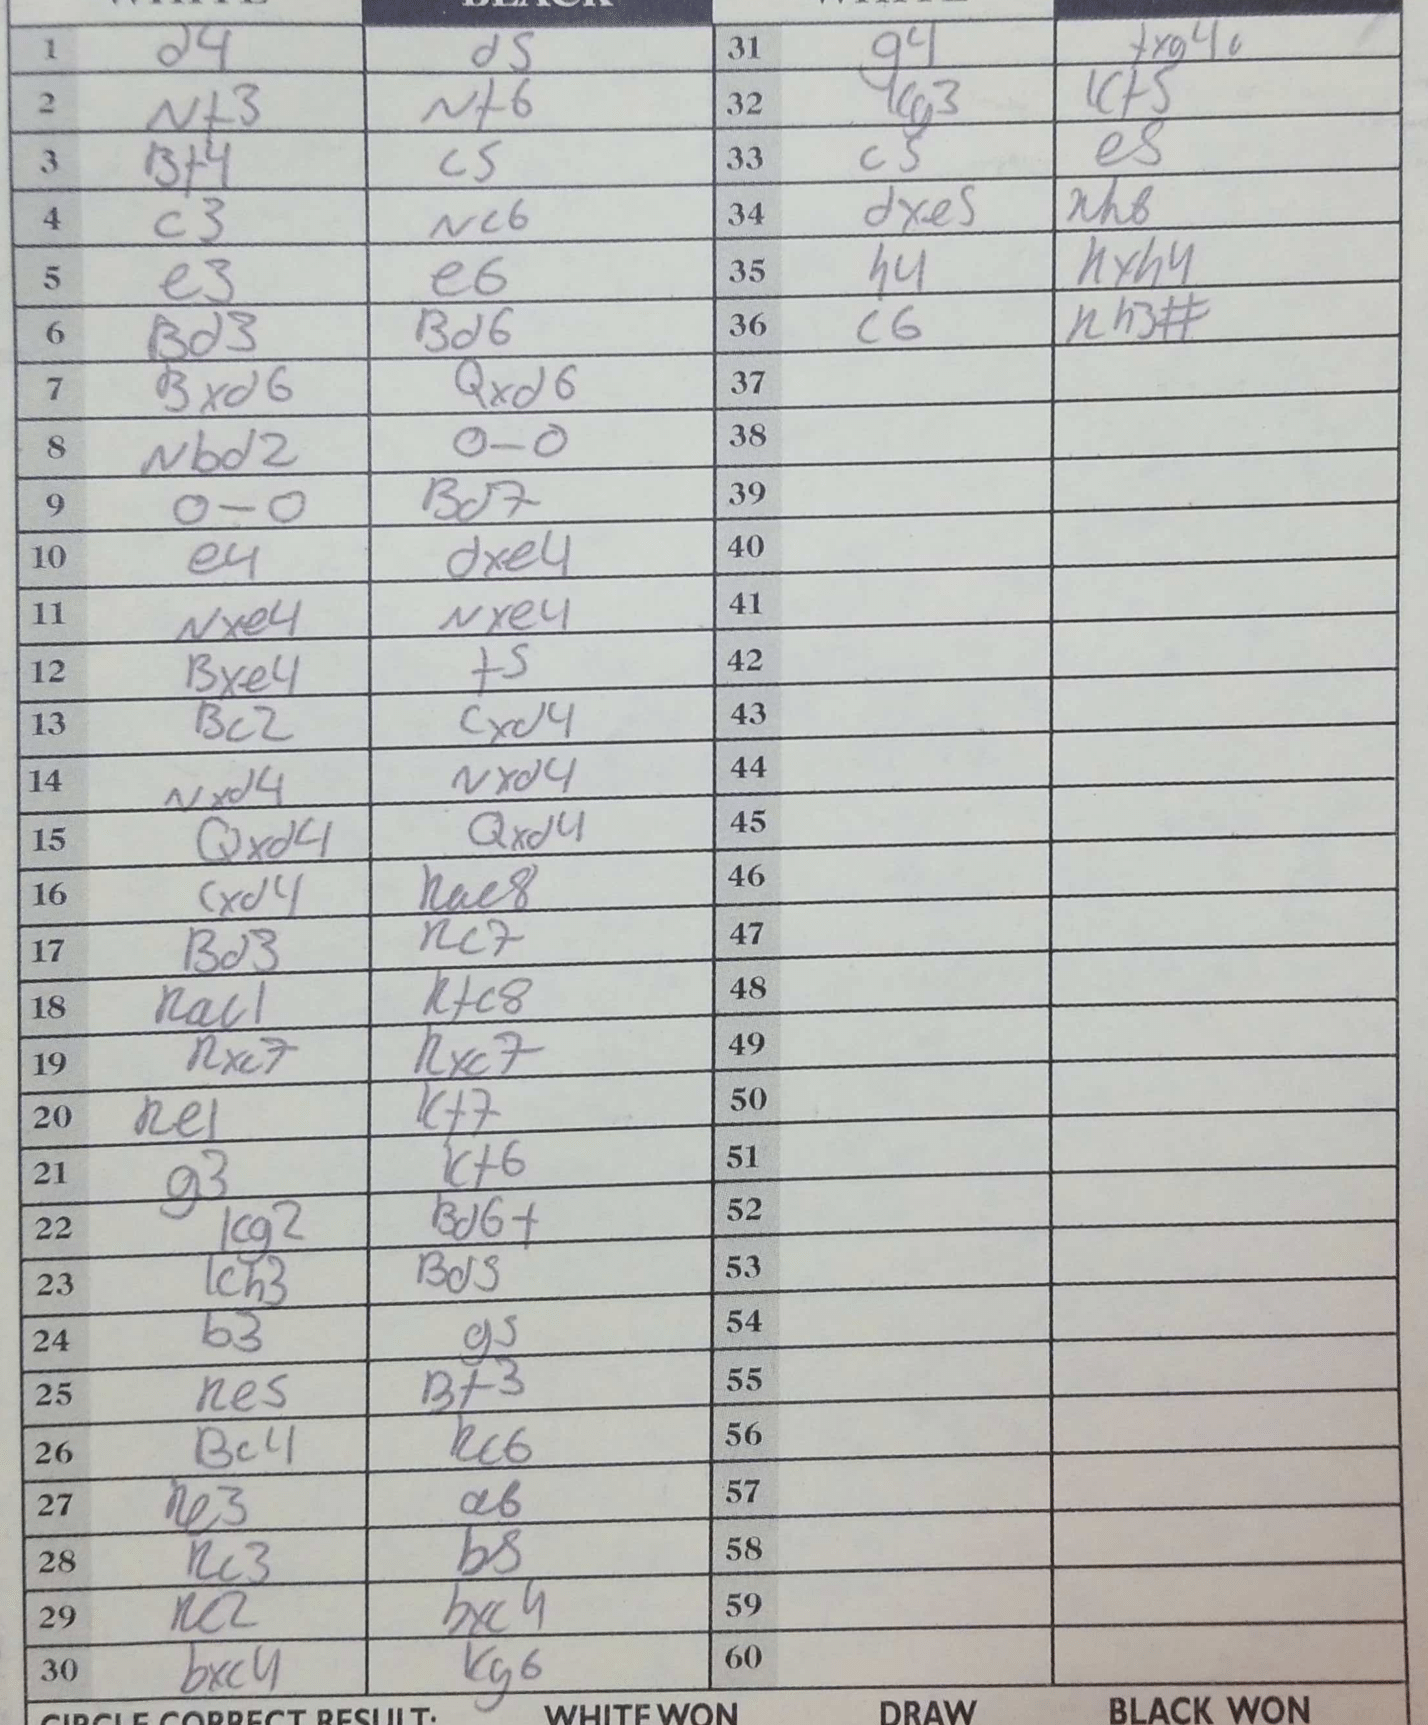
Moves: d4 d5 Nf3 Nf6 Bf4 c5 c3 Nc6 e3 e6 Bd3 Bd6 Bxd6 Qxd6 Nbd2 O-O O-O Bd7 e4 dxe4 Nxe4 Nxe4 Bxe4 f5 Bc2 cxd4 Nxd4 Nxd4 Qxd4 Qxd4 cxd4 Rac8 Bd3 Rc7 Rac1 Rfc8 Rxc7 Rxc7 Re1 Kf7 g3 Kf6 Kg2 Bd6+ g3 Kf6 Kg2 Bd6+ Kh3 Bd5 b3 g5 Re5 Bf3 Bc4 Rc6 Re3 a6 Rc3 b5 Re2 bxc5 bxc4 Kg6 g4 fxg4+ Kg3 Kf5 c5 e5 dxe5 Kh8 h4 Kxh4 c6 Rh3#